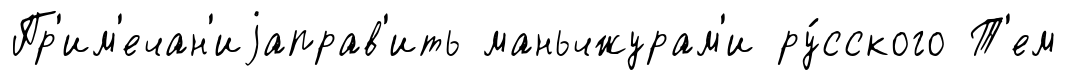
Пр'им'ечан'иjаправ'ить маньчжурам'и ру́сского Т'ем